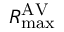
R _ { \operatorname* { m a x } } ^ { \mathrm { A V } }